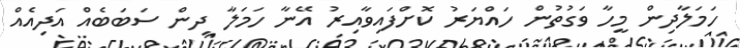
ހަމަލާދިން މީހާ ވަގުތުން ހައްޔަރު ކޮށްފައިވާއިރު އޭނާ ހަމަލާ ދިން ސަބަބެއް އަދިއެއް